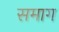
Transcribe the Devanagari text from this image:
समाग